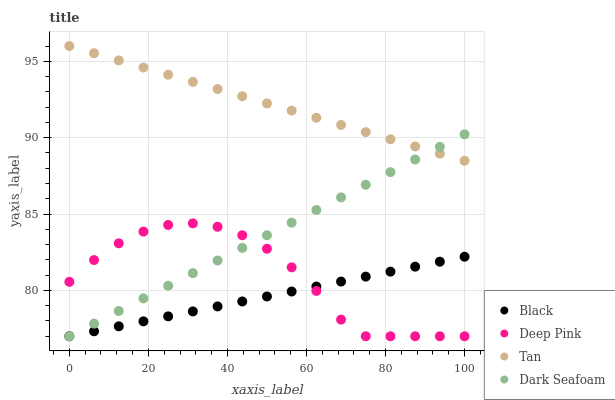
| xaxis_label | Black | Deep Pink | Tan | Dark Seafoam |
 | --- | --- | --- | --- | --- |
 | 0 | 77 | 80.6 | 96 | 77 |
 | 6.25 | 77.3 | 82 | 95.5 | 77.8 |
 | 12.5 | 77.7 | 83.1 | 95.1 | 78.7 |
 | 18.8 | 78 | 83.9 | 94.6 | 79.5 |
 | 25 | 78.3 | 84.3 | 94.1 | 80.3 |
 | 31.2 | 78.6 | 84.4 | 93.7 | 81.1 |
 | 37.5 | 79 | 84.2 | 93.2 | 82 |
 | 43.8 | 79.3 | 83.6 | 92.7 | 82.8 |
 | 50 | 79.6 | 82.7 | 92.2 | 83.6 |
 | 56.2 | 79.9 | 81.5 | 91.8 | 84.4 |
 | 62.5 | 80.3 | 80 | 91.3 | 85.3 |
 | 68.8 | 80.6 | 78.1 | 90.8 | 86.1 |
 | 75 | 80.9 | 77 | 90.4 | 86.9 |
 | 81.2 | 81.2 | 77 | 89.9 | 87.7 |
 | 87.5 | 81.6 | 77 | 89.4 | 88.6 |
 | 93.8 | 81.9 | 77 | 89 | 89.4 |
 | 100 | 82.2 | 77 | 88.5 | 90.2 |